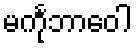
မင်္ကုဘာဝေါ